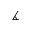
\measuredangle